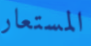
المستعار